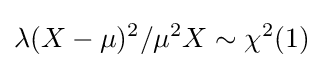
\lambda (X-\mu )^{2}/\mu ^{2}X\sim \chi ^{2}(1)